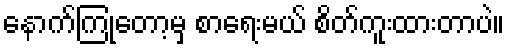
နောက်ကြုံတော့မှ စာရေးမယ် စိတ်ကူးထားတာပဲ။